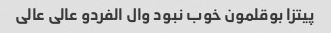
پیتزا بوقلمون خوب نبود وال الفردو عالی عالی